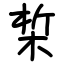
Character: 椞